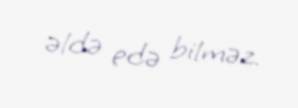
əldə edə bilməz.